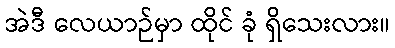
အဲဒီ လေယာဉ်မှာ ထိုင် ခုံ ရှိသေးလား။